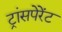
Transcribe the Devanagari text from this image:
ट्रांसपेरेंट